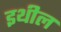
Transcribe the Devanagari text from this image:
इथील